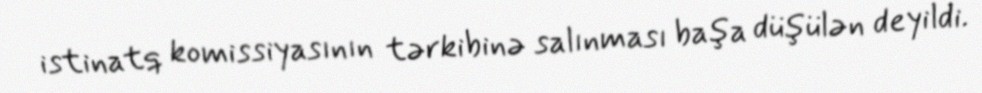
istinatq komissiyasının tərkibinə salınması başa düşülən deyildi.